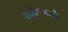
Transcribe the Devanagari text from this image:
रबौलमध्ये